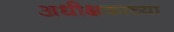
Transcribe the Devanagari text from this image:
अधीक्षकाच्या